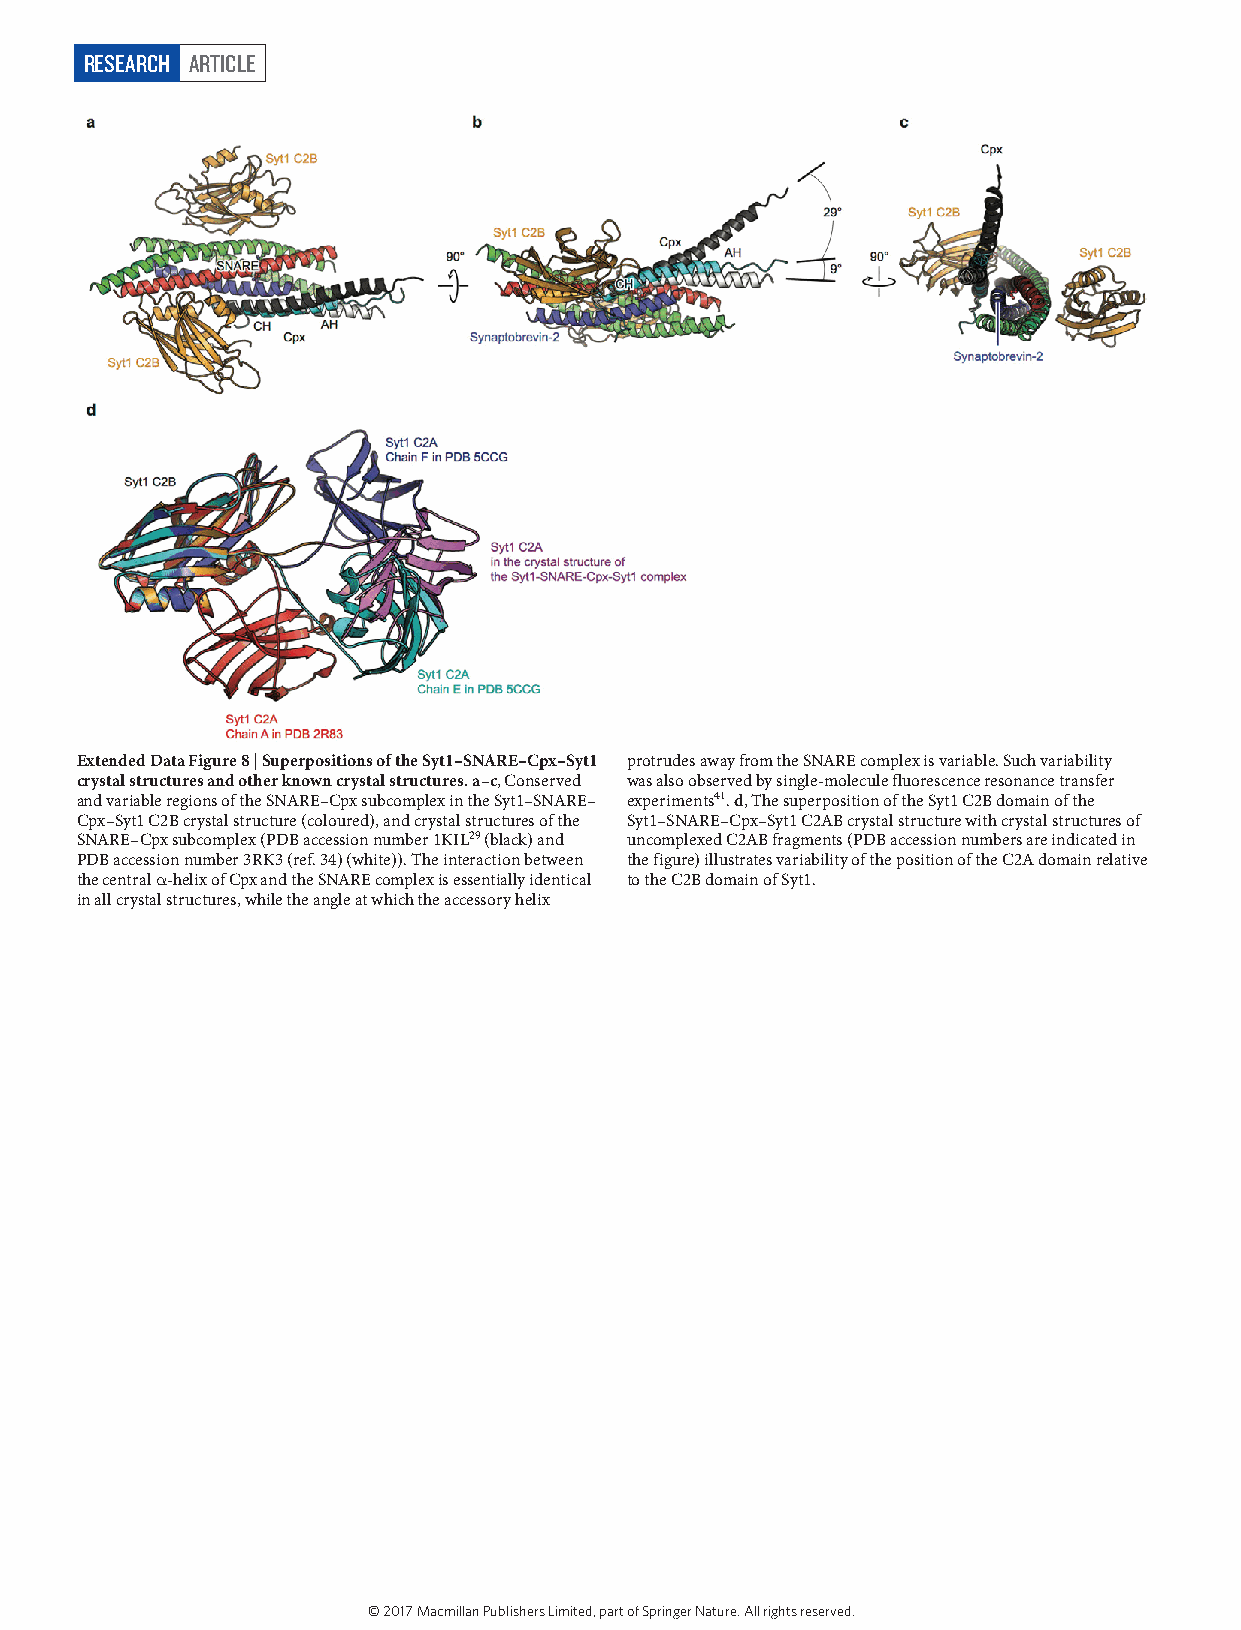
RESEARCH ARTICLE
 Extended Data Figure 8 | Superpositions of the Syt1–SNARE–Cpx–Syt1 protrudes away from the SNARE complex is variable. Such variability
 crystal structures and other known crystal structures. a–c, Conserved was also observed by single-molecule fluorescence resonance transfer
 and variable regions of the SNARE–Cpx subcomplex in the Syt1–SNARE– experiments41. d, The superposition of the Syt1 C2B domain of the
 Cpx–Syt1 C2B crystal structure (coloured), and crystal structures of the Syt1–SNARE–Cpx–Syt1 C2AB crystal structure with crystal structures of
 SNARE–Cpx subcomplex (PDB accession number 1KIL29 (black) and uncomplexed C2AB fragments (PDB accession numbers are indicated in
 PDB accession number 3RK3 (ref. 34) (white)). The interaction between the figure) illustrates variability of the position of the C2A domain relative
 the central α -helix of Cpx and the SNARE complex is essentially identical to the C2B domain of Syt1.
 in all crystal structures, while the angle at which the accessory helix
 © 2017 Macmillan Publishers Limited, part of Springer Nature. All rights reserved.